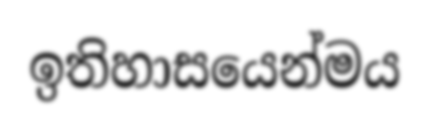
ඉතිහාසයෙන්මය